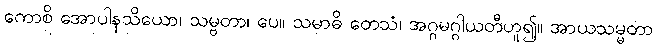
ကောစိ အောပါနသိယော၊ သမ္ဗတာ၊ ပေ။ သမာဓိ တေသံ၊ အဂ္ဂမဂ္ဂါယတီဟူ၍။ အာယသမ္မတာ